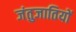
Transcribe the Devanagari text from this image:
जंतुजातियों